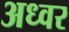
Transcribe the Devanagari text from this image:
अध्वर